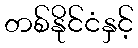
တစ်နိုင်ငံနှင့်